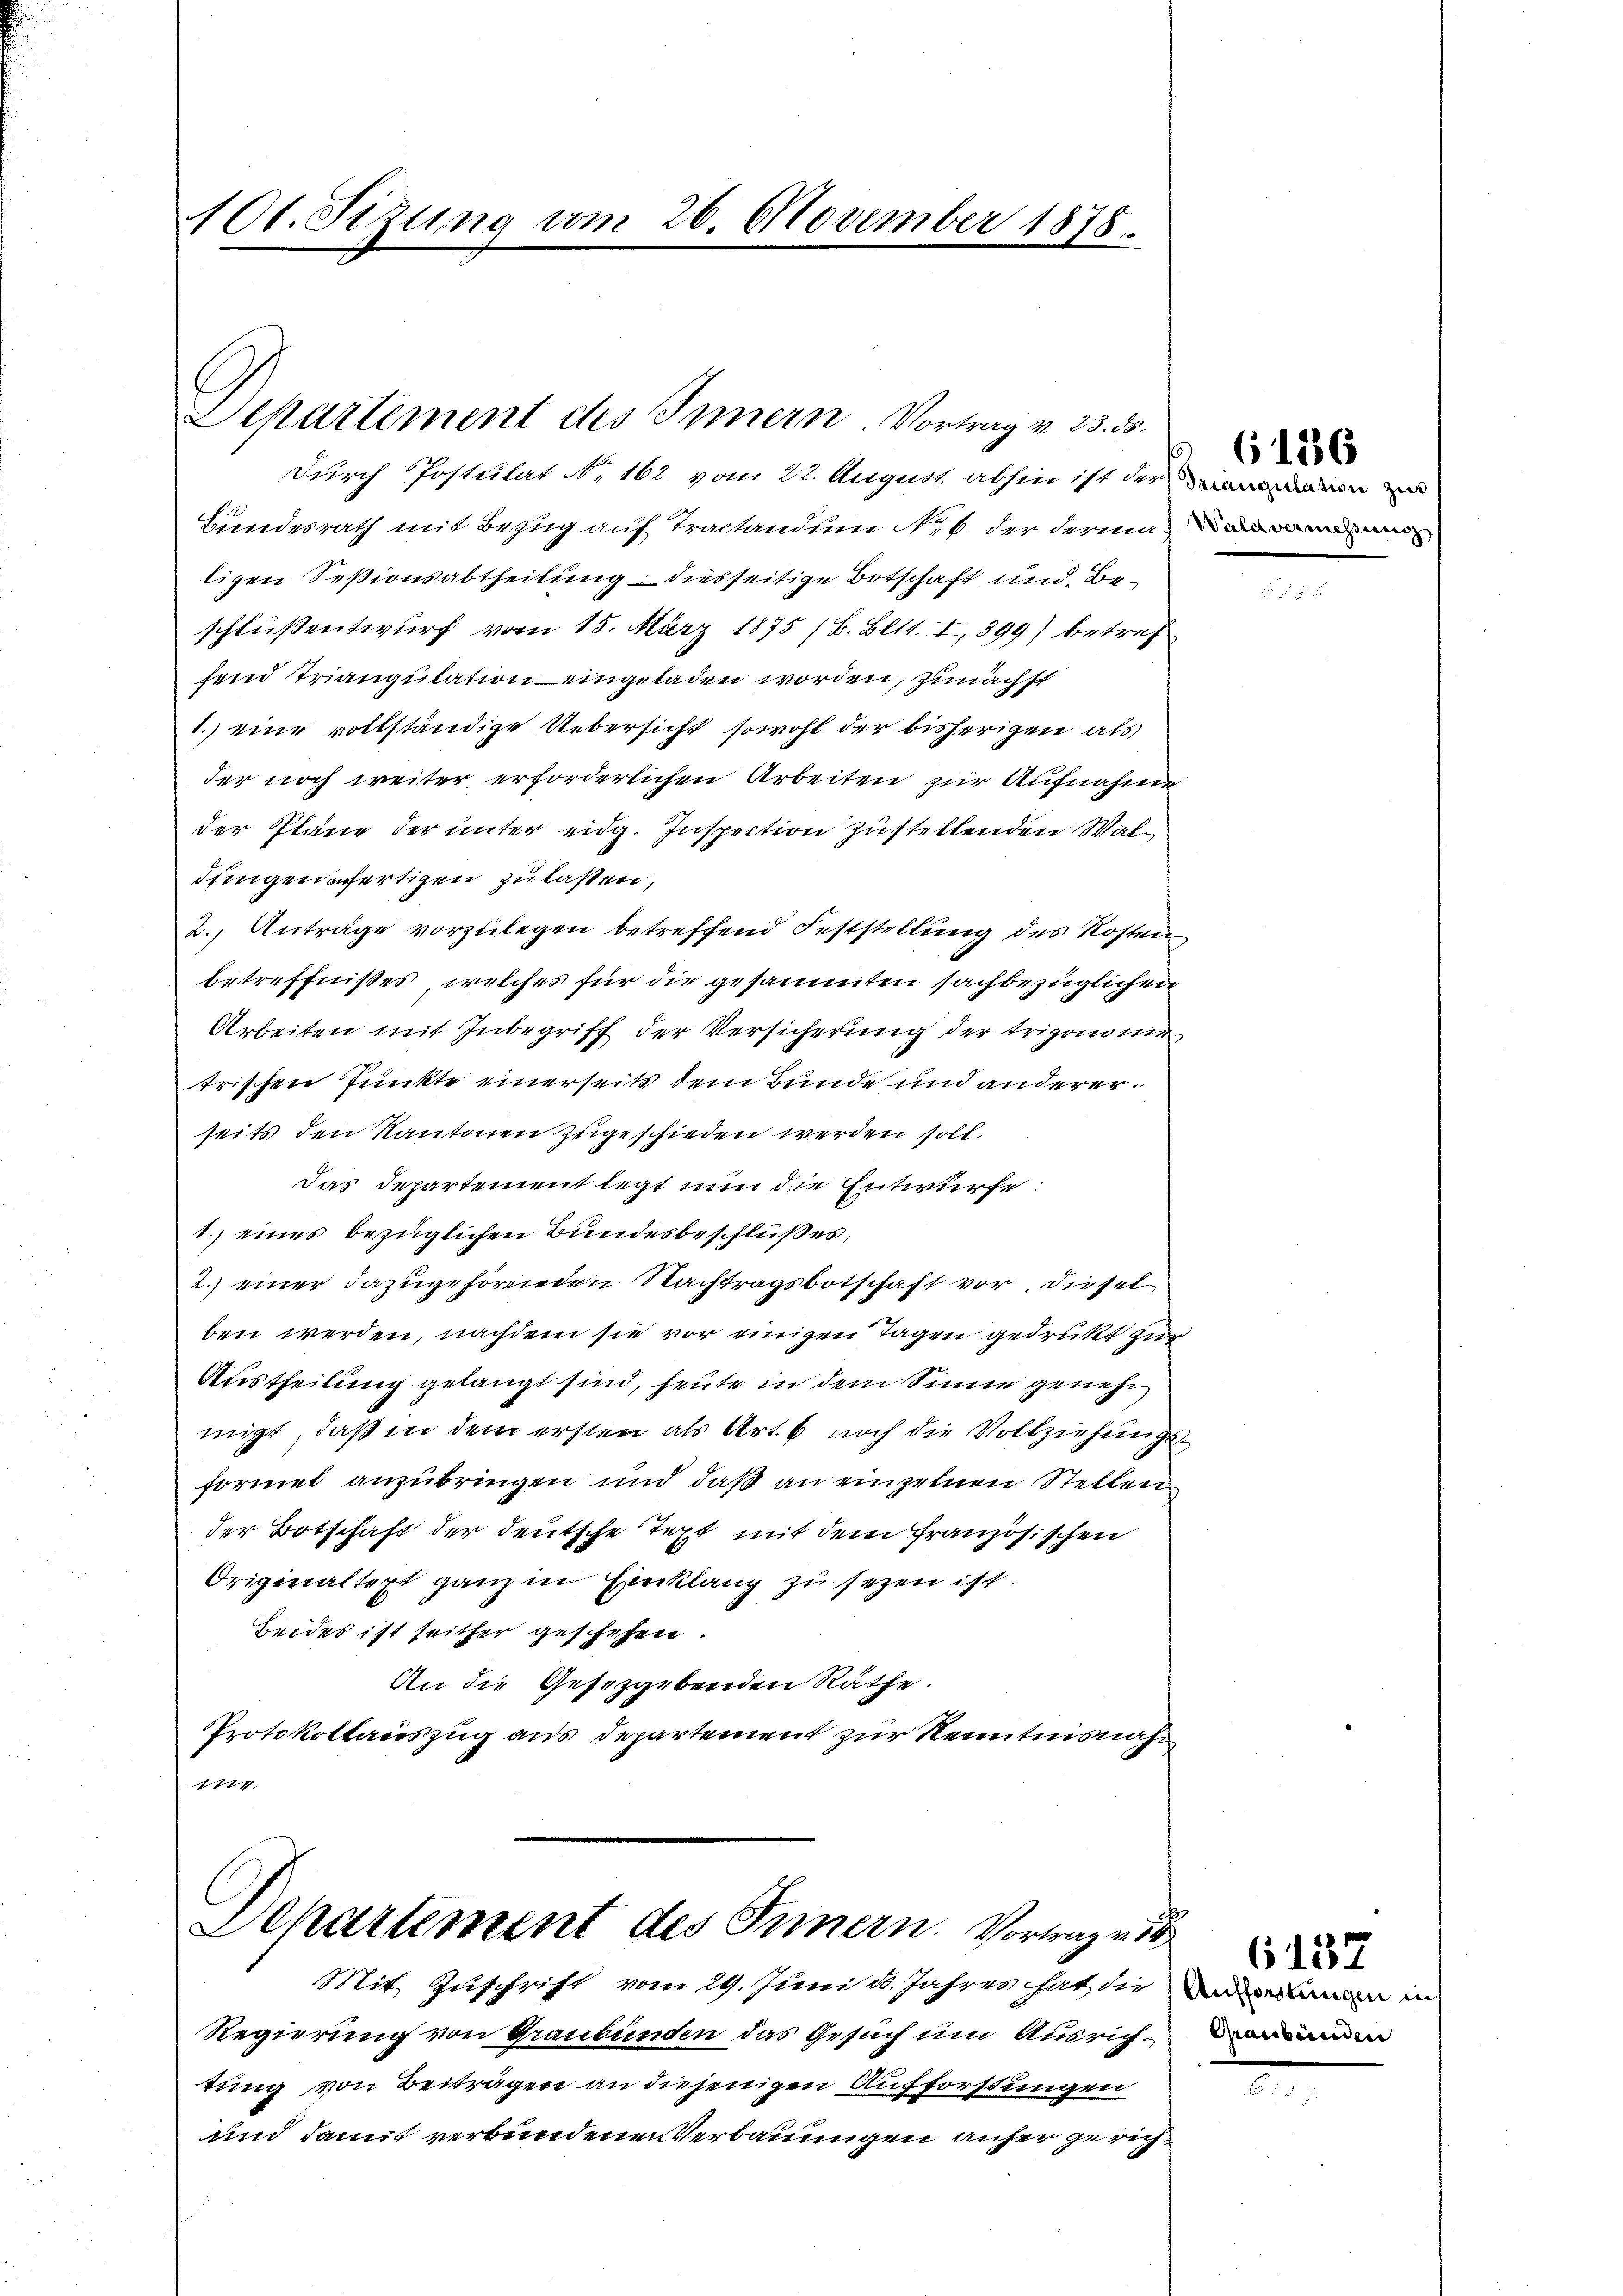
101. Sitzung am 26. November 1878.

Departement des Innern. Vortrag v. 23. ds.

durch Postulat N. 162 vom 22. August abhin ist der ein
Bundesrath mit Bezug auf Tractanden Nr. 6 der dermann
ligen Seßionsabtheilung diesseitige Botschaft und Beschlußentwurf vom 15. März 1875 (B. Bett. I, 399) betref
fend Triangulation eingeladen worden, zunächst
1.) eine vollständige Uebersicht sowohl der bisherigen als
der noch weiter erforderlichen Arbeiten zur Aufnahme
der Pläne der unter eidg. Inspection zustellenden Waldungen fertigen zu lassen,
2. Anträge vorzŭlegen betreffend Feststellung des Kosten
betreffnißes, welches für die gesammten sachbezüglichen
Arbeiten mit Inbegriff der Versicherung der trigonome
trischen Punkte einerseits dem Bunde und andererseits den Kantonen zugeschieden werden soll.
Das Departement legt nun die Entwurfe:
1.) eines bezüglichen Bundesbeschlußes,
2.) einer dazugehöreten Nachtragsbotschaft vor. Dieselben werden, nachdem sie vor einigen Tagen gedrukt zur
Austheilung gelangt sind, heute in dem Sinne geneh
migt, daß in dem ersten als Art. 6 noch die Vollziehungsformet anzubringen und daß an einzelnen Stellen
der Botschaft der deutsche Text mit dem französischen
Originaltept ganz in Einklang zu sezen ist.
Beides ist seither geschehen.
An die Gesetzgebenden Räthe.
Protokollauszug aus Departement zur Kenntnisnahm
1774.

Departement des Innern. Vortrag vor

Mit Zuschrift vom 29. Juni d. Jahres hat die namen in
Regierung von Graubünden das Gesuch um Ausrichtung von Beiträgen an diejenigen Aufforstungen
und damit verbundenen Verbauungen anher gerich¬

6136

6137
Graubünden